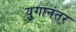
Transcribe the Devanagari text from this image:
युगानंतर